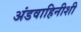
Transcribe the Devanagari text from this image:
अंडवाहिनीशी